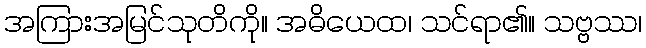
အကြားအမြင်သုတိကို။ အဓိယေထ၊ သင်ရာ၏။ သဗ္ဗဿ၊